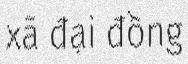
xã đại đồng